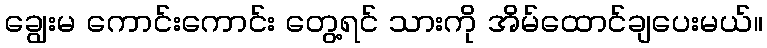
ချွေးမ ကောင်းကောင်း တွေ့ရင် သားကို အိမ်ထောင်ချပေးမယ်။